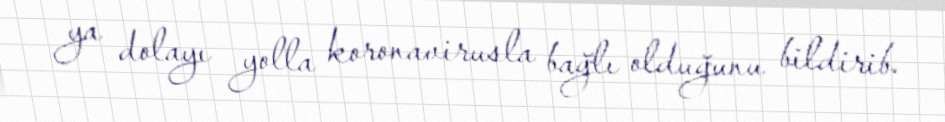
ya dolayı yolla koronavirusla bağlı olduğunu bildirib.